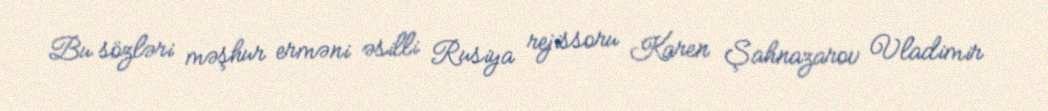
Bu sözləri məşhur erməni əsilli Rusiya rejissoru Karen Şahnazarov Vladimir